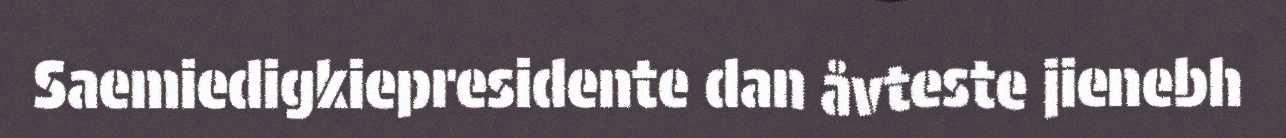
Saemiedigkiepresidente dan åvteste jienebh